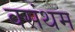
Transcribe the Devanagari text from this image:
वसंथम